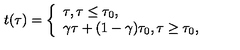
t ( \tau ) = \left\{ \begin{array} { l } { \tau , \tau \leq \tau _ { 0 } , } \\ { \gamma \tau + ( 1 - \gamma ) \tau _ { 0 } , \tau \geq \tau _ { 0 } , } \\ \end{array} \right.